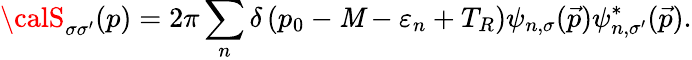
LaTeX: {\calS}_{\sigma\sigma^{\prime}}(p)=2\pi\sum_{n}\delta\left(p_{0}-\mathit{M}-\varepsilon_{n}+T_{R}\right)\psi_{n,\sigma}({\vec{{p}}})\psi_{n,\sigma^{\prime}}^{*}({\vec{{p}}}).